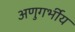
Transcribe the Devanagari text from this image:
अणुगर्भीय